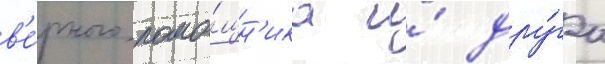
в'е́рного помо́щн'ика и́ дру́га